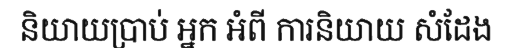
និយាយប្រាប់ អ្នក អំពី ការនិយាយ សំដែង